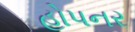
હોપનર